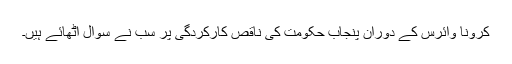
کرونا وائرس کے دوران پنجاب حکومت کی ناقص کارکردگی پر سب نے سوال اٹھائے ہیں۔